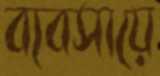
ব্যবসায়ে